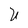
Character: U